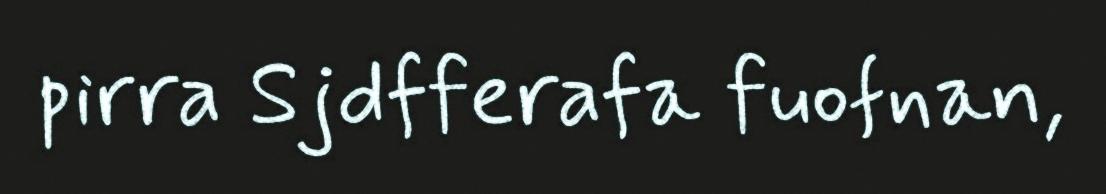
pirra Sjdfferafa fuofnan,